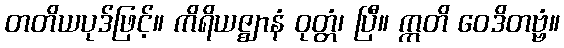
တတိယပုဒ်ဖြင့်။ ကိရိယဇ္ဈာနံ ဝုတ္တံ၊ ပြီ။ ဣတိ ဝေဒိတဗ္ဗံ။